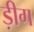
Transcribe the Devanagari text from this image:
ड़ीग